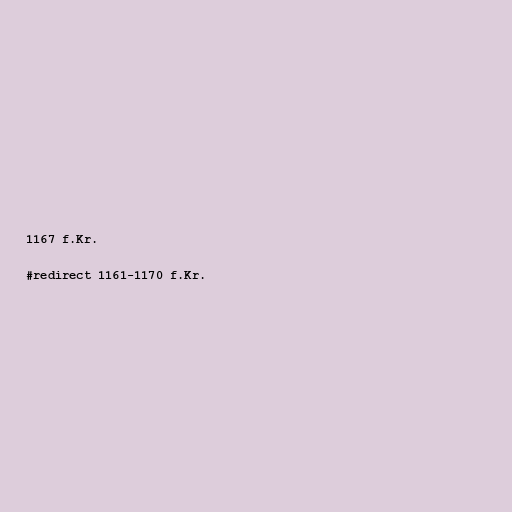
1167 f.Kr.

#redirect 1161-1170 f.Kr.